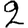
Digit: 2